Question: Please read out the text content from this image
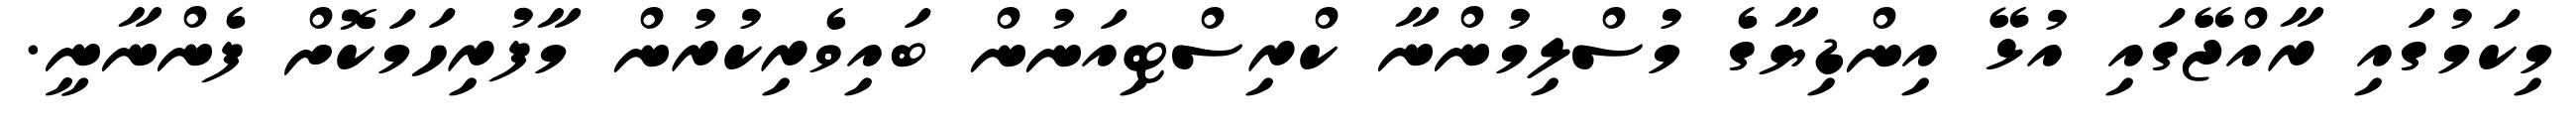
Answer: މިކަމުގައި ރާއްޖޭގައި އުޅޭ އިންޑިޔާގެ މުސްލިމުންނާ ކްރިސްޓިއަނުން ބައިވެރިކުރުން މާފުރިހަމަކޮށް ފެންނާނީ.